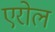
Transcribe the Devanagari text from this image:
एरोल